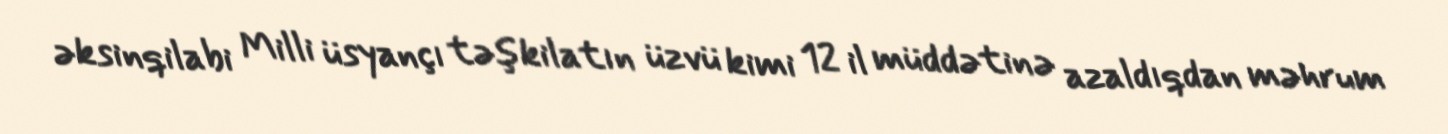
əksinqilabi Milli üsyançı təşkilatın üzvü kimi 12 il müddətinə azaldıqdan məhrum